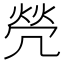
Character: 焭